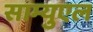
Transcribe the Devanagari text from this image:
साम्युएल